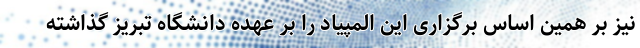
نیز بر همین اساس برگزاری این المپیاد را بر عهده دانشگاه تبریز گذاشته